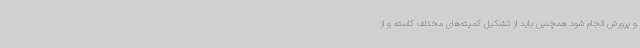
و پرورش انجام شود همچنین باید از تشکیل کمیته‌های مختلف کاسته و از